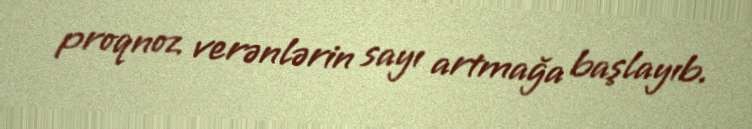
proqnoz verənlərin sayı artmağa başlayıb.